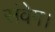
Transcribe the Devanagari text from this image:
संवेग।